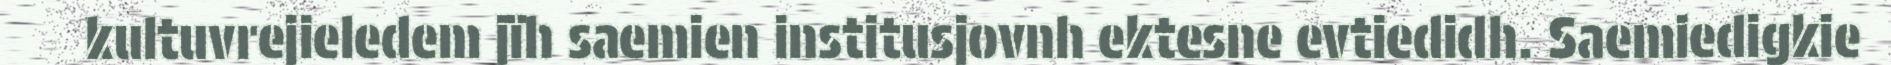
kultuvrejieledem jïh saemien institusjovnh ektesne evtiedidh. Saemiedigkie